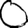
Digit: 0